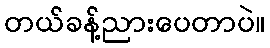
တယ်ခန့်ညားပေတာပဲ။